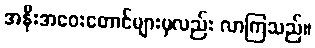
အနီးအဝေးတောင်များမှလည်း လာကြသည်။